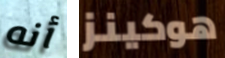
أنه هوكينز